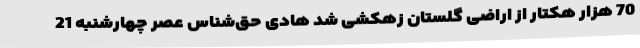
70 هزار هکتار از اراضی گلستان زهکشی شد هادی حق‌شناس عصر چهارشنبه 21